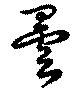
曇